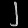
Digit: ၂